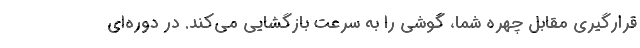
قرارگیری مقابل چهره شما، گوشی را به سرعت بازگشایی می‌کند. در دوره‌ای